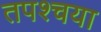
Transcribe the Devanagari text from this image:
तपश्चया